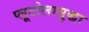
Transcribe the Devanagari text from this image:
प्लूटोलासुद्धा